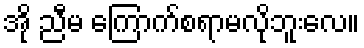
အို ညီမ ကြောက်စရာမလိုဘူးလေ။